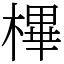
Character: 㮿